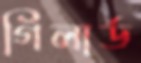
গিলার্ড